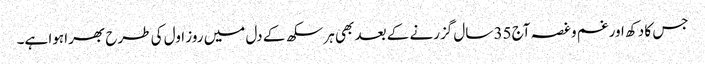
جس کا دکھ اور غم و غصہ آج 35 سال گزرنے کے بعد بھی ہر سکھ کے دل میں روز اول کی طرح بھرا ہوا ہے۔